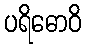
ပရိဓောဝိ